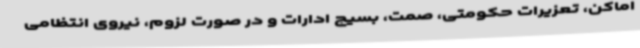
اماکن، تعزیرات حکومتی، صمت، بسیج ادارات و در صورت لزوم، نیروی انتظامی